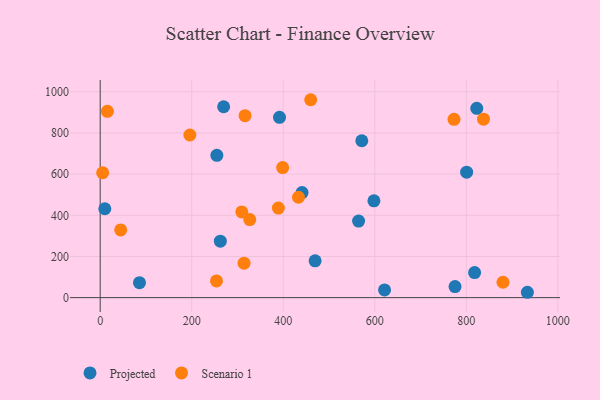
{"axis": {"x": "Engine Size", "y": "Yield"}, "legend": ["Projected", "Scenario 1"], "data": [{"x": "775.3", "y": 53.6, "type": "Projected"}, {"x": "391.8", "y": 876.1, "type": "Projected"}, {"x": "254.9", "y": 691.2, "type": "Projected"}, {"x": "818.1", "y": 121.6, "type": "Projected"}, {"x": "571.6", "y": 762.2, "type": "Projected"}, {"x": "269.7", "y": 927.4, "type": "Projected"}, {"x": "822.8", "y": 919.7, "type": "Projected"}, {"x": "933.4", "y": 26.0, "type": "Projected"}, {"x": "469.6", "y": 178.8, "type": "Projected"}, {"x": "598.1", "y": 470.2, "type": "Projected"}, {"x": "441.0", "y": 510.6, "type": "Projected"}, {"x": "564.6", "y": 371.8, "type": "Projected"}, {"x": "10.1", "y": 431.8, "type": "Projected"}, {"x": "85.8", "y": 72.5, "type": "Projected"}, {"x": "262.5", "y": 274.2, "type": "Projected"}, {"x": "800.7", "y": 609.8, "type": "Projected"}, {"x": "621.3", "y": 37.3, "type": "Projected"}, {"x": "5.3", "y": 606.8, "type": "Scenario 1"}, {"x": "433.2", "y": 487.8, "type": "Scenario 1"}, {"x": "15.7", "y": 905.4, "type": "Scenario 1"}, {"x": "398.7", "y": 632.1, "type": "Scenario 1"}, {"x": "459.9", "y": 961.6, "type": "Scenario 1"}, {"x": "44.8", "y": 329.1, "type": "Scenario 1"}, {"x": "837.5", "y": 866.9, "type": "Scenario 1"}, {"x": "389.3", "y": 434.9, "type": "Scenario 1"}, {"x": "309.4", "y": 416.6, "type": "Scenario 1"}, {"x": "195.9", "y": 790.3, "type": "Scenario 1"}, {"x": "326.8", "y": 379.2, "type": "Scenario 1"}, {"x": "314.3", "y": 167.4, "type": "Scenario 1"}, {"x": "880.1", "y": 74.8, "type": "Scenario 1"}, {"x": "254.1", "y": 81.1, "type": "Scenario 1"}, {"x": "316.5", "y": 884.3, "type": "Scenario 1"}, {"x": "773.1", "y": 866.4, "type": "Scenario 1"}]}